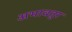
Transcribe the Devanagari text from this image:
अभावतुर